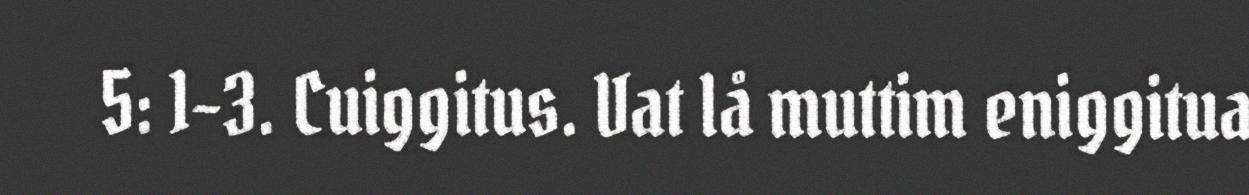
5: 1–3. Cuiggitus. Vat lå muttim eniggitua